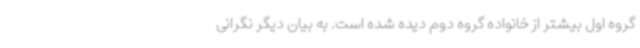
گروه اول بیشتر از خانواده گروه دوم دیده شده است. به بیان دیگر نگرانی